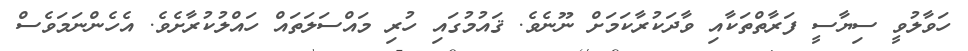
ހަވާލުވީ ސިޔާސީ ފަރާތްތަކާއި ވާދަކުރާކަމަށް ނޫނެވެ. ޤައުމުގައި ހުރި މައްސަލަތައް ހައްލުކުރާށެވެ. އެހެންނަމަވެސް